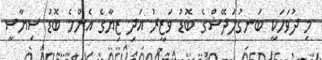
މި ދުވަހަކީ ބަނގުލަދޭޝްގެ ބޮޑު ވަޒީރު އަދި ޒިޔާގެ އެންމެ ބޮޑު ސިޔާސީ